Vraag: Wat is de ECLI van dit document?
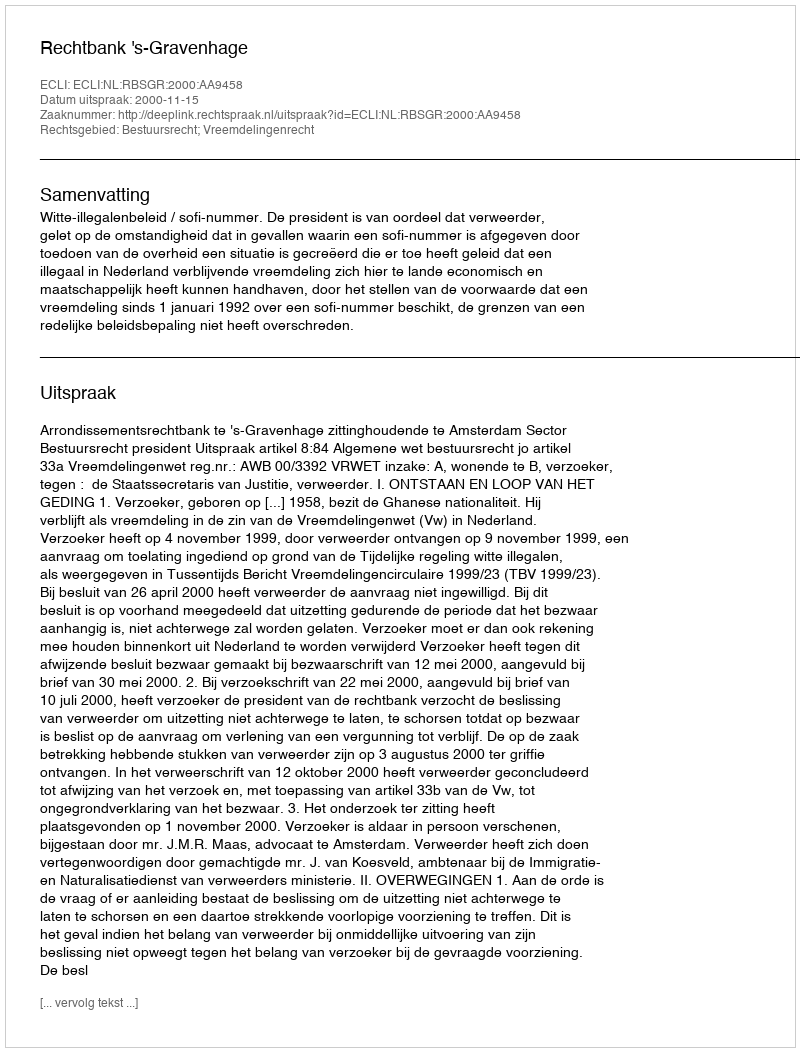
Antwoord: ECLI:NL:RBSGR:2000:AA9458